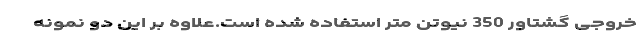
خروجی گشتاور 350 نیوتن متر استفاده شده است.علاوه بر این دو نمونه